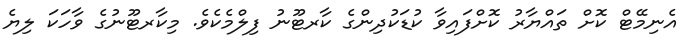
އެނިމޭޓް ކޮށް ތައްޔާރު ކޮށްފައިވާ ކުޑަކުދިންގެ ކާރޓޫނު ފިލްމެކެވެ. މިކާރޓޫނުގެ ވާހަކަ ލިޔެ